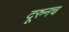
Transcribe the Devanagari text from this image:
दूरुनच